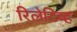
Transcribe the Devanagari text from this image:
रिलेटिव्ह